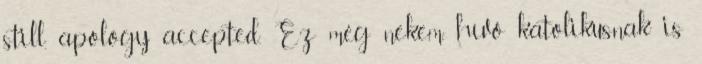
still, apology accepted. Ez még nekem, hívő katolikusnak is